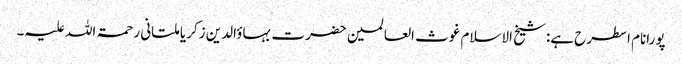
پورانام اسطرح ہے:شیخ الاسلام غوث العالمین حضرت بہاؤالدین زکریا ملتانی رحمۃ اللہ علیہ۔